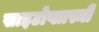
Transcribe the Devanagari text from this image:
साइटोप्लास्मी